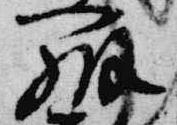
弁